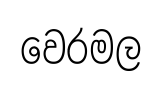
වෙරමල